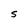
Character: s